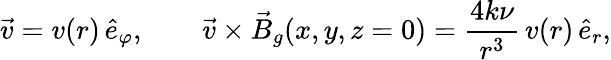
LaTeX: \vec{v}=v(r)\, \hat{e}_{\varphi},\qquad\vec{v}\times\vec{B}_{g}(x,y,z=0)=\frac{4k\nu}{r^{3}}\, v(r)\, \hat{e}_{r},